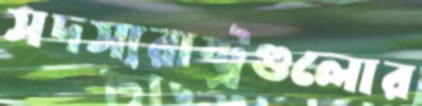
সদস্যরাষ্ট্রগুলোর